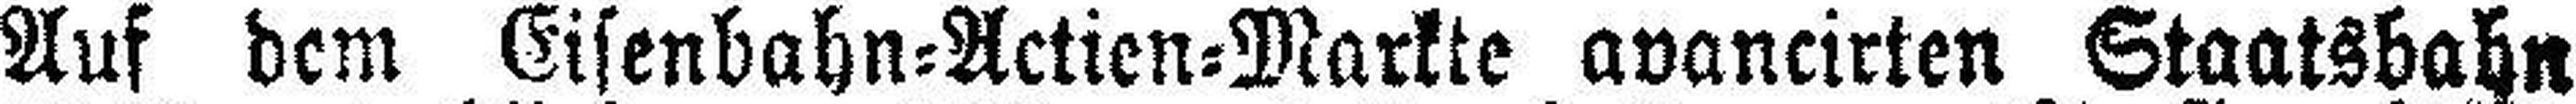
Auf dem Eisenbahn=Actien=Markte avancirten Staatsbahn